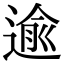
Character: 逾